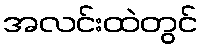
အလင်းထဲတွင်